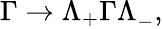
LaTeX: \Gamma\to\Lambda_{+}\Gamma\Lambda_{-}^{},